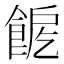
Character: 𩛪